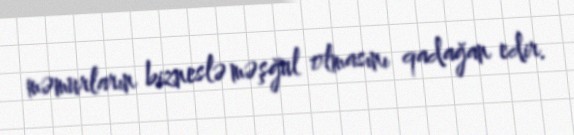
məmurların bizneslə məşğul olmasını qadağan edir.